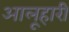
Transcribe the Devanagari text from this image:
आलूहारी